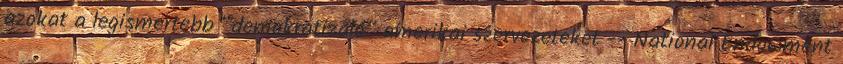
azokat a legismertebb “demokratizáló” amerikai szervezeteket -- National Endowment